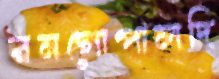
রনগোপালদি